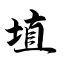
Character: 埴